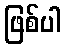
ဖြစ်ပါ